Vaccination in Bombay 1874-1876 - 1874-1876
Year: 1874
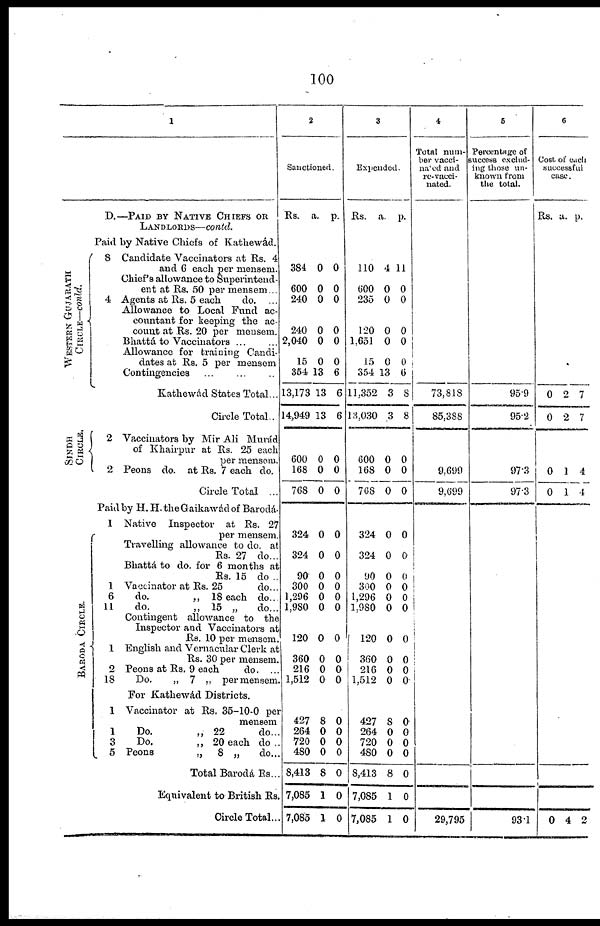
100
1
D.—PAID BY NATIVE CHIEFS OR
LANDLORDS—contd.
WESTERN GUJARATH
CIRCLE—conld.
SINDH
CIRCLE.
BARODA CIRCLE.
Paid by Native Chiefs of Kathewád.
8 Candidate Vaccinators at Rs. 4
and 6 each per mensem.
Chief's allowance to Superintend-
ent at Rs. 50 per mensem...
4 Agents at Rs. 5 each
do. ...
Allowance to Local Fund ac-
countant for keeping the ac-
count at Rs. 20 per mensem.
Bhattá to Vaccinators ... ...
Allowance for training Candi-
dates at Rs. 5 per mensem.
Contingencies ... ... ...
Kathewád States Total...
Circle Total..
2 Vaccinators by Mir Ali Murád
of Khairpur at Rs. 25 each
per mensem.
2 Peons do. at Rs. 7 each do.
Circle Total ...
Paid by H. H. the Gaikawád of Barodá.
1 Native Inspector at Rs. 27
per mensem.
Travelling allowance to do. at
Rs. 27 do...
Bhattá to do. for 6 months at
Rs. 15 do ..
1 Vaccinator at Rs. 25
do...
6
do.
„ 18 each do...
11
do.
„ 15 „
do...
Contingent allowance to the
Inspector and Vaccinators at
Rs. 10 per mensem.
1 English and Vernacular Clerk at
Rs. 30 per mensem.
2 Peons at Rs. 9 each
do. ...
18
Do.
„ 7 „ per mensem.
For Kathewád Districts.
1 Vaccinator at Rs. 35-10-0 per
mensem
1
Do.
„ 22
do...
3
Do.
„ 20 each do ..
5 Peons
„
8 „
do...
Total Barodá Rs...
Equivalent to British Rs.
Circle Total...
2
Sanctioned.
Rs. a. p.
384
600
240
240
2,040
15
354
13,173
14,949
600
168
768
0
0
0
0
0
0
13
13
13
0
0
0
0
0
0
0
0
0
6
6
6
0
0
0
324
324
90
300
1,296
1,980
120
360
216
1,512
0
0
0
0
0
0
0
0
0
0
0
0
0
0
0
0
0
0
0
0
427
264
720
480
8,413
7,085
7,085
8
0
0
0
8
1
1
0
0
0
0
0
0
0
3
Expended.
Rs.
a.
p.
110
600
235
120
1,651
15
354
11,352
13,030
600
168
768
4
0
0
0
0
0
13
3
3
0
0
0
11
0
0
0
0
0
6
8
8
0
0
0
324
324
90
300
1,296
1,980
120
360
216
1,512
0
0
0
0
0
0
0
0
0
0
0
0
0
0
0
0
0
0
0
0
427
264
720
480
8,413
7,085
7,085
8
0
0
0
8
1
1
0
0
0
0
0
0
0
4
Total num-
ber vacci¬
nated and
re-vacci-
nated.
73,818
85,388
9,699
9,699
29,795
5
Percentage of
success exclud-
ing those un-
known from
the total.
95.9
95.2
97.3
97.3
93.1
6
Cost of each
successful
case.
Rs. a. p.
0
0
2
2
7
7
0
0
1
1
4
4
0 4 2